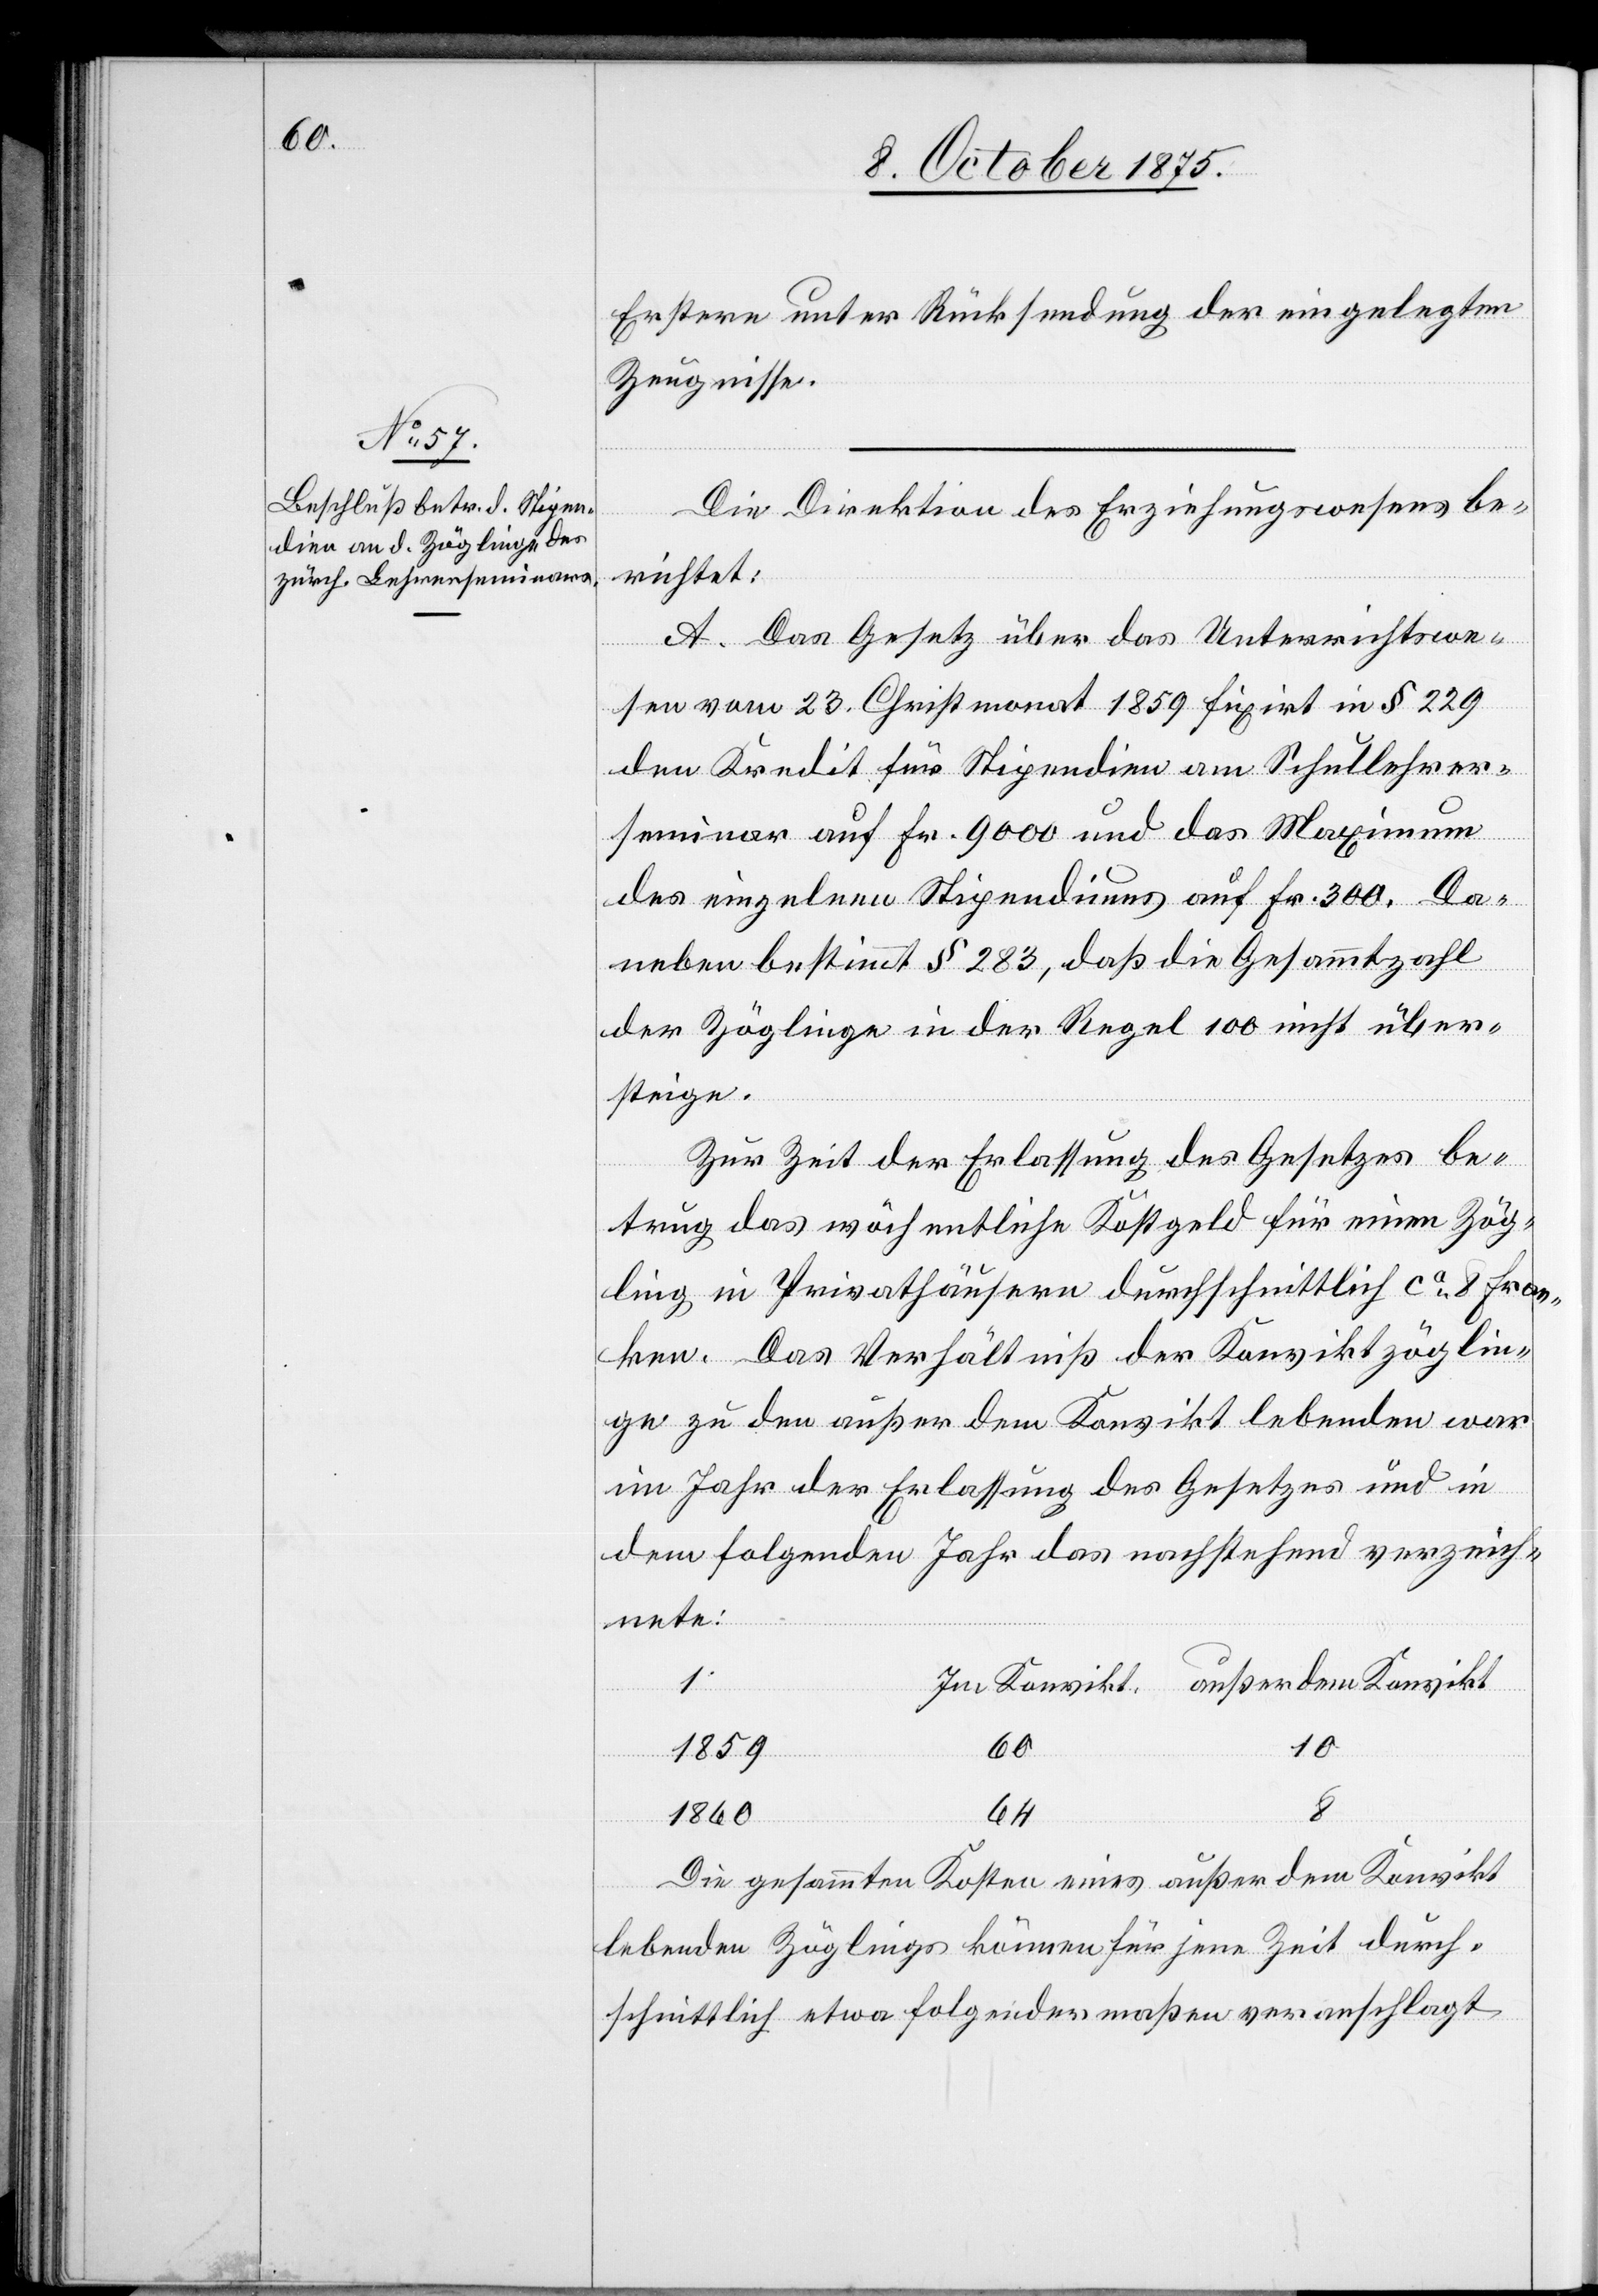
Erstere unter Rücksendung der eingelegten
Zeugnisse.
Die Direktion des Erziehungswesens be¬
richtet:
A. Das Gesetz über das Unterrichtswe¬
sen vom 23. Christmonat 1859 fixirt in § 229
den Kredit für Stipendien am Schullehrer¬
seminar auf Fr. 9000 und das Maximum
des einzelnen Stipendiums auf Fr. 300. Da¬
neben bestimmt § 283, daß die Gesammtzahl
der Zöglinge in der Regel 100 nicht über¬
steige.
Zur Zeit der Erlassung des Gesetzes be¬
trug das wöchentliche Kostgeld für einen Zög¬
ling in Privathäusern durchschnittlich ca 8 Fran¬
ken. Das Verhältniß der Konviktzöglin¬
g zu den außer dem Konvikt lebenden war
im Jahr der Erlassung des Gesetzes und in
dem folgenden Jahr das nachstehend verzeich¬
nete:
außer dem Konvikt
1
Im Konvikt.
10
1859
60
1860
64
Die gesammten Kosten eines außer dem Konvikt
lebenden Zöglings können für jene Zeit durch¬
schnittlich etwa folgendermaßen veranschlagt